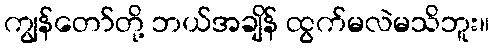
ကျွန်တော်တို့ ဘယ်အချိန် ထွက်မလဲမသိဘူး။